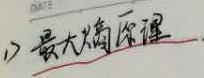
DATE1) 最大熵原理